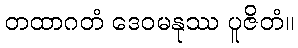
တထာဂတံ ဒေဝမနုဿ ပူဇိတံ။